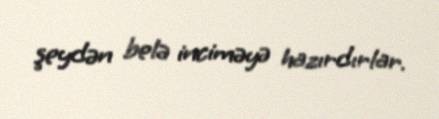
şeydən belə inciməyə hazırdırlar.